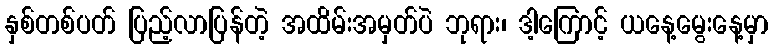
နှစ်တစ်ပတ် ပြည့်လာပြန်တဲ့ အထိမ်းအမှတ်ပဲ ဘုရား၊ ဒါ့ကြောင့် ယနေ့မွေးနေ့မှာ